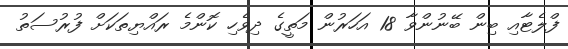
ފްލެޓާއި ބިން ބޭނުންވާ 18 އަހަރުން މަތީގެ ދިވެހި ކޮންމެ ރައްޔިތަކަށް ފުރުސަތު